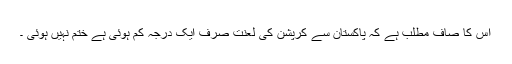
اس کا صاف مطلب ہے کہ پاکستان سے کرپشن کی لعنت صرف ایک درجہ کم ہوئی ہے ختم نہیں ہوئی ۔